[Report on the health of British troops in the Madras command]
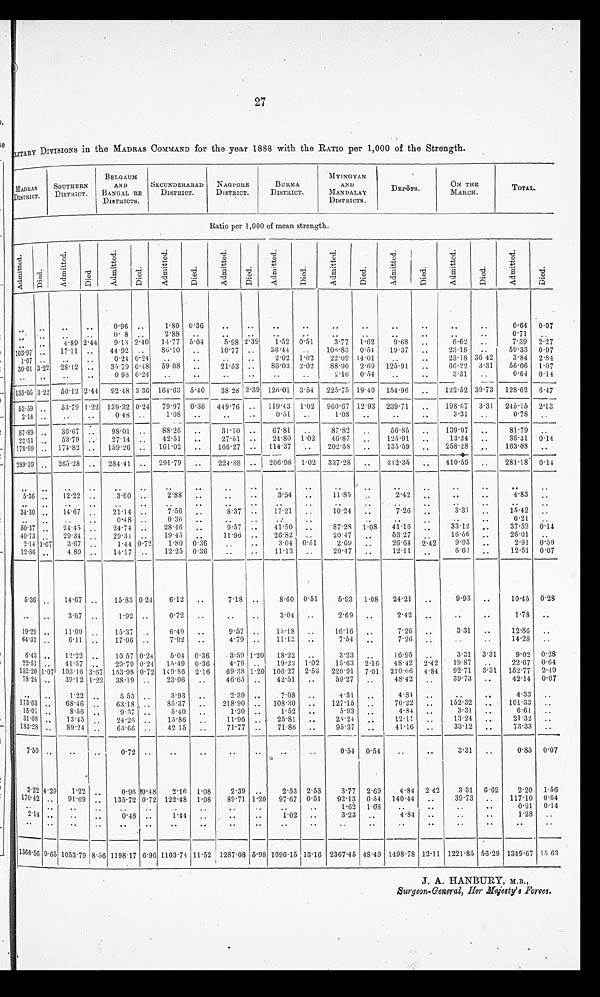
27
LITARY DIVISIONS in the MADRAS COMMAND for the year 1888 with the RATIO per 1,000 of the Strength.
MADRAS
DISTRICT.
SOUTHERN
DISTR ICT.
BELGAUM
AND
B ANGAL RE
DISTRICTS.
SECUNDERABAD
DISTRICT.
NAGPORE
DISTRICT.
BURMA
DISTRICT.
MYINGYAN
AND
MANDALA
DISTRICTS.
DEPôTS.
ON THE
MARCH.
TOTAL.
Ratio per 1,000 of mean strength.
A d m i t t e d .
D i e d .
A d m i t t e d .
Died.
A d m i t t e d .
Died.
A d m i t t e d .
D i e d .
A d m i t t e d .
Di e d .
A d m i t t e d .
D i e d .
A d m i t t e d .
D i e d .
A d m i t t e d .
D i e d .
A d m i t t e d .
D i e d .
A d m i t t e d .
D i e d .
. .
..
. .
..
0.96
. .
1.80 0.36
. .
. .
. .
. .
. .
. .
. .
. .
. .
. .
0.64 0.07
. .
. .
. .
. .
0.8
. .
2.88
. .
. .
. .
. .
. .
. .
. .
. .
. .
. .
. .
0.71
. .
. .
. .
4.89 2.44
9.13 2.40
14.77 5.04
5.98 2.39
1.52 0.51
3.77
1.62
9.68
. .
6.62
. .
7.39
2.27
103.97
. .
17.11
. .
44.92
. .
86.10
. .
10.77
. .
36.44
. .
108.83 0.54
19.37
. .
23.18
. .
59.33 0.07
1.07
. .
. .
. .
0.24 0.24
. .
. .
. .
. .
2.02 1.02
22.09 14.01
. .
. .
23.18 36.42
3.84 2.84
30.01 3.22 28.12
. .
35.79 0.18
59.08
. .
21.53
. .
86.03 2.02
88.90 2.69
125.91
. .
66.22 3.31
56.06 1.07
. .
. .
. .
. .
0.96 0.24
. .
. .
. .
. .
. .
. .
2.16 0.54
. .
. .
3.31
. .
0.64 0.14
135.05 3.22
50.12 2.44
92.18 3.36 164.63 5.40
38.28 2.39 126.01 3.54
225.75 19.40
154.96
. .
122.52 39.73
128.62 6.47
53.59
. .
53.79 1.22 139.32 0.24
79.97 0.36
449.76
. .
119-43 1.02
960.67 12.93 239.71
. .
198.67 3.31
245.15 2.13
2.14
. .
. .
. .
0.48
. .
1 . 0 8
. .
. .
. .
0 . 5 1
. .
1 . 0 8
. .
. .
. .
3 . 3 1
. .
0 . 7 8
. .
87.39
. .
36.67
. .
98.01
. .
88.26
. .
31.10
. .
67.81
. .
87.82
. . 50.85
. .
139.07
. .
81.79
. .
22.51
. .
53.79
. .
27.14
. .
42.51
. .
27.51
. .
24.80 1.02
46.87
. . 125.91
. .
13.24
. .
36.31 0.14
178.99
. . 174.82
. . 159.26
. . 161.02
. .
166.27
. . 114.37
. .
202.58
. . 135.59
. .
258.23
. . 163.08
. .
289.39
. . 265.28
. .
284.41
. . 291.79
. .
224.88
206.98 1.02 337.28
. .
312.35
. .
410.59
. . 281.18 0.14
. .
. .
. .
. .
. .
. .
. .
. .
. .
. .
. .
. .
. .
. .
. .
. .
. .
. .
. .
. .
5.36
. .
12.22
. .
3.60
. .
2.88
. .
. .
. .
3.54
. .
11.85
. . 2.42
. .
. .
. .
4.83
. .
. .
. .
. .
. .
. .
. .
. .
. .
.
. .
. .
. .
. .
. .
. .
. .
. .
. .
. .
. .
34.30
. .
14.67
. .
21.14
. .
7.56
. .
8.37
. .
17.21
. .
10.24
. . 7.26
. .
3.31
. .
15.42
. .
0 . 48
0-31;
0-21
50.37
. .
24.45
. .
24.74
. .
28.46
. .
9.57
. .
41.50
. .
87.28
1.08
41.16
. .
33.12
. .
37.52 0.14
40.73
. . 29.34
. .
29.31
. .
19.45
. .
11.96
. .
26.82
. .
20.47
. . 53.27
. .
16.56
. .
26.01
. .
2.14 1.07
3.67
. .
1.44 0.72
1.80 0.36
. .
. .
3.04 0.51
2.69
. . 26.64 2.42
9.93
. .
2.91 0.50
12.86
. .
4.39
. .
14.17
. .
12.25 0.36
. .
. .
11.13
. .
20-47
. . 12.11
. .
6.62
. .
12.51 0.07
5.36 . .
14.67
. .
15.83 0.24
6.12
. .
7.18
. .
8.60
0 . 5 1
5.93
1.08
24.21
. .
9.93
. .
10.45 0.28
. .
. .
3.67
. .
1.92
. .
0.72
. .
. .
. .
3.04
. .
2.69
. . 2.42
. .
. . . .
1.78
. .
19.29 . .
11.00
. .
15.37
. .
6.49
. .
9.57
. .
15.18
. .
16.16
. . 7.26
. .
3.31
. .
12.86
. .
64.31 . .
6.11
. .
17.06
. .
7.92
. .
4.79
. .
11.13
. .
7.54
. . 7.26
. .
. .
. .
14.28
. .
6.43 . .
12.22
. .
10. 57 0.24
5.04 0.36
3.59 1.20
18.22
. .
3.23
. . 16.95
. .
3.31 3.31
9.02 0.28
22.51 . .
41.57
. .
29.79 0.24
15.49 0.36
4.79
. .
19.93 1.02
15.63
2.16
48.42 2.42
19.87
. .
22.7 0.64
1 5 2 . 2 0
1 . 0 7
1 9 3 . 1 6
3 . 6 7
1 5 3 . 9 8 0.2 149.86
2.6
69.38
1 . 2 0 1 0 6 . 2 7
2.3
220.91
7.01 210.66
4.84
92.71 3.31
152.77 2.49
7 8 . 2 4
. . 3 9 . 1 2
1 . 2 2
3 8 . 1 9
. .
2 3 . 0 6
. .
4 6 . 6 5
. .
4 2 . 5 1
. .
59.27
. . 48.42
. .
39.73
. .
42.14 0.07
. .
. .
1.22
. . 5.53
. .
3.93
. .
2.39
. .
7.08
. .
4.31
. .
4.81
. .
. .
. .
4.33
. .
173.63 . .
68.46
. .
63.18
. .
85.37
. .
218.90
. .
108.30
. .
127.15
. . 70.22
. .
152.32
. .
101.33
. .
15.01 . .
8.56
. .
9.37
. .
5.40
. .
1.20
. .
1.52
. .
5.93
. . 4.84
. .
3.31
. .
6.61
. .
31.08 . . 13.45
. .
2 4 . 2 6
. .
15.86
. .
11.96
. .
25.81
. .
24.24
. . 12.11
. .
13.24
. .
21.32
. .
183.28 . .
89.24 . .
63.66
. .
42.15 ..
71.77
. .
71.86
. .
95.37
. . 41.16
. .
33.12
. .
73.33
. .
7 . 5 0 . . ..
. .
0.72
. .
. .
. .
. .
. .
. .
. .
0.54 0.54
. .
. .
3.31
. .
0.85 0.07
3 . 2 2
4 . 2 9
1 . 2 2
. .
0.96
1 0 . 4 8
2.16 1.08
2.39
. .
2.53 2.53
3.77 2.69
4.84 2.42
3.31
6.62
2.20 1.56
170.42 . .
91.69 . .
135.79
. .
122.48 1.08
89.71
. .
97.67 0.51
92.13 0.54 140.44
. .
39.73
. .
117.10 0.64
. . . .
. .
. .
. .
. .
. .
. .
. .
. .
. .
. .
1.62 1.08
. .
. .
. .
..
0.21
0.14
2 . 1 4
. .
..
. .
0.48
. .
1.44
. .
. .
. .
1.02
. .
3.23
. . 4.84
. .
. . . .
1.28
. .
. .
. .
. .
.
. .
. .
. .
. .
. .
. .
..
..
. .
. .
..
..
. . . .
. .
. .
1 5 6 0 . 5 6
9 . 6 5
1053.79 8 . 5 6
1198.17
6 . 9 6 1103.74 11.52
1287.08
5 . 9 8
1096.15 13.16 2367.45 48.49 1498.78 12.11 1221.85 56.29 1349.67 15.63
J. A. HANBURY, M.B.,
Surgeon-General, Her Majesty's Forces.